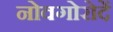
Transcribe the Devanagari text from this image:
नोवगोरोदें